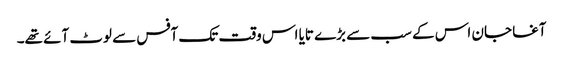
آغا جان اس کے سب سے بڑے تایا اس وقت تک آفس سے لوٹ آئے تھے۔